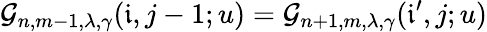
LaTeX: \mathcal{G}_{n,m-1,\lambda,\gamma}(\mathfrak{{i}},j-1;u)=\mathcal{G}_{n+1,m,\lambda,\gamma}(\mathfrak{{i}}^{\prime},j;u)